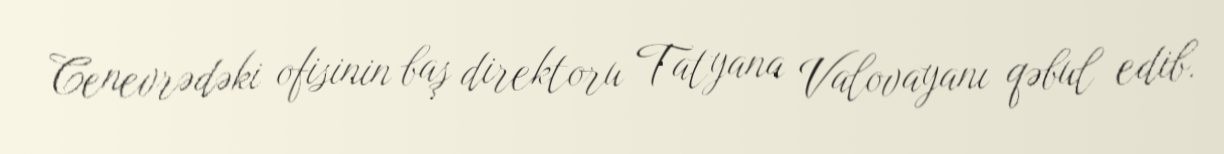
Cenevrədəki ofisinin baş direktoru Tatyana Valovayanı qəbul edib.